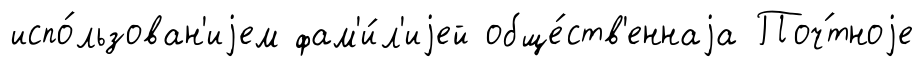
испо́льзован'иjем фам'и́л'иjей обще́ств'еннаjа Поч́тноjе